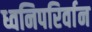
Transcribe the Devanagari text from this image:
ध्वनिपरिर्वान